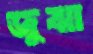
জুঝা